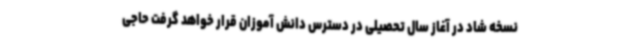
نسخه شاد در آغاز سال تحصیلی در دسترس دانش آموزان قرار خواهد گرفت حاجی